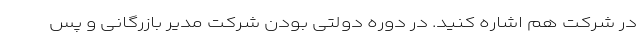
در شرکت هم اشاره کنید. در دوره دولتی بودن شرکت مدیر بازرگانی و پس